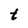
Character: t